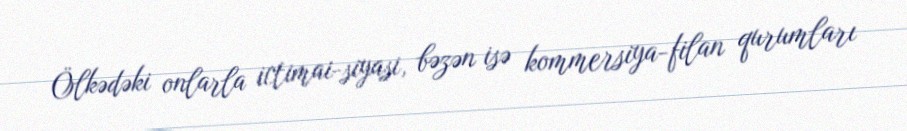
Ölkədəki onlarla ictimai-siyasi, bəzən isə kommersiya-filan qurumları